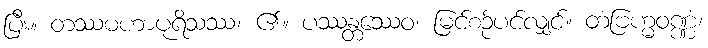
ပြီး။ တဿမဟာပုရိသဿ၊ ၏။ ပဿန္တဿေဝ၊ မြင်စဉ်ပင်လျှင်။ တံဗြဟ္မဝဏ္ဏံ၊